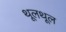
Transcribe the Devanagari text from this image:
थूलथूल